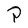
Character: P